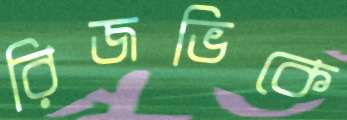
রিজভিকে